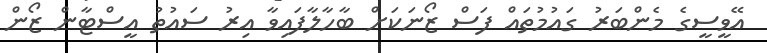
އޭވީސީގެ މެންބަރު ގައުމުތައް ފަސް ޒޯނަކަށް ބާހާލާފައިވާ އިރު ސައުތު އީސްޓާން ޒޯން